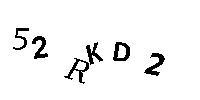
52RKD2